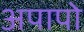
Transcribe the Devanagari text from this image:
अपापो